Subject: math
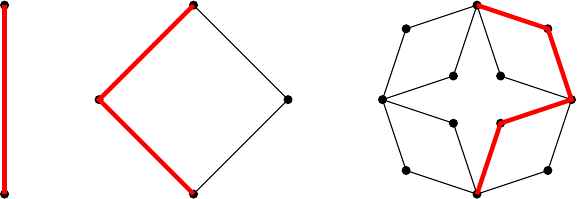
LaTeX code:
\begin{tikzpicture}[scale=.6]
\node[draw,circle,inner sep=1pt,fill] at (0,-2) {}; \node[draw,circle,inner sep=1pt,fill] at (0,2) {};
\draw (0,-2)--(0,2);
\draw[ultra thick, red] (0,-2)--(0,2);
\node[draw,circle,inner sep=1pt,fill] at (4,-2) {}; \node[draw,circle,inner sep=1pt,fill] at (4,2) {};
\node[draw,circle,inner sep=1pt,fill] at (2,0) {}; \node[draw,circle,inner sep=1pt,fill] at (6,0) {};
\draw (4,-2)--(2,0)--(4,2)--(6,0)--(4,-2);
\draw[ultra thick, red] (4,-2)--(2,0)--(4,2);
\node[draw,circle,inner sep=1pt,fill] at (10,-2) {}; \node[draw,circle,inner sep=1pt,fill] at (10,2) {};
\node[draw,circle,inner sep=1pt,fill] at (8,0) {}; \node[draw,circle,inner sep=1pt,fill] at (12,0) {};
 \node[draw,circle,inner sep=1pt,fill] at (10.5,-0.5) {};  \node[draw,circle,inner sep=1pt,fill] at (11.5,-1.5) {};
 \draw (12,0)--(11.5,-1.5)--(10,-2)--(10.5,-0.5)--(12,0);
  \node[draw,circle,inner sep=1pt,fill] at (9.5,-0.5) {};  \node[draw,circle,inner sep=1pt,fill] at (8.5,-1.5) {};
   \draw (10,-2)--(8.5,-1.5)--(8,0)--(9.5,-0.5)--(10,-2);
   \node[draw,circle,inner sep=1pt,fill] at (9.5,0.5) {};  \node[draw,circle,inner sep=1pt,fill] at (8.5,1.5) {};
   \draw (10,2)--(8.5,1.5)--(8,0)--(9.5,0.5)--(10,2);
    \node[draw,circle,inner sep=1pt,fill] at (10.5,0.5) {};  \node[draw,circle,inner sep=1pt,fill] at (11.5,1.5) {};
 \draw (12,0)--(11.5,1.5)--(10,2)--(10.5, 0.5)--(12,0);
\draw[ultra thick, red] (10,2)--(11.5,1.5)--(12,0)--(10.5, -0.5)--(10,-2);
\end{tikzpicture}